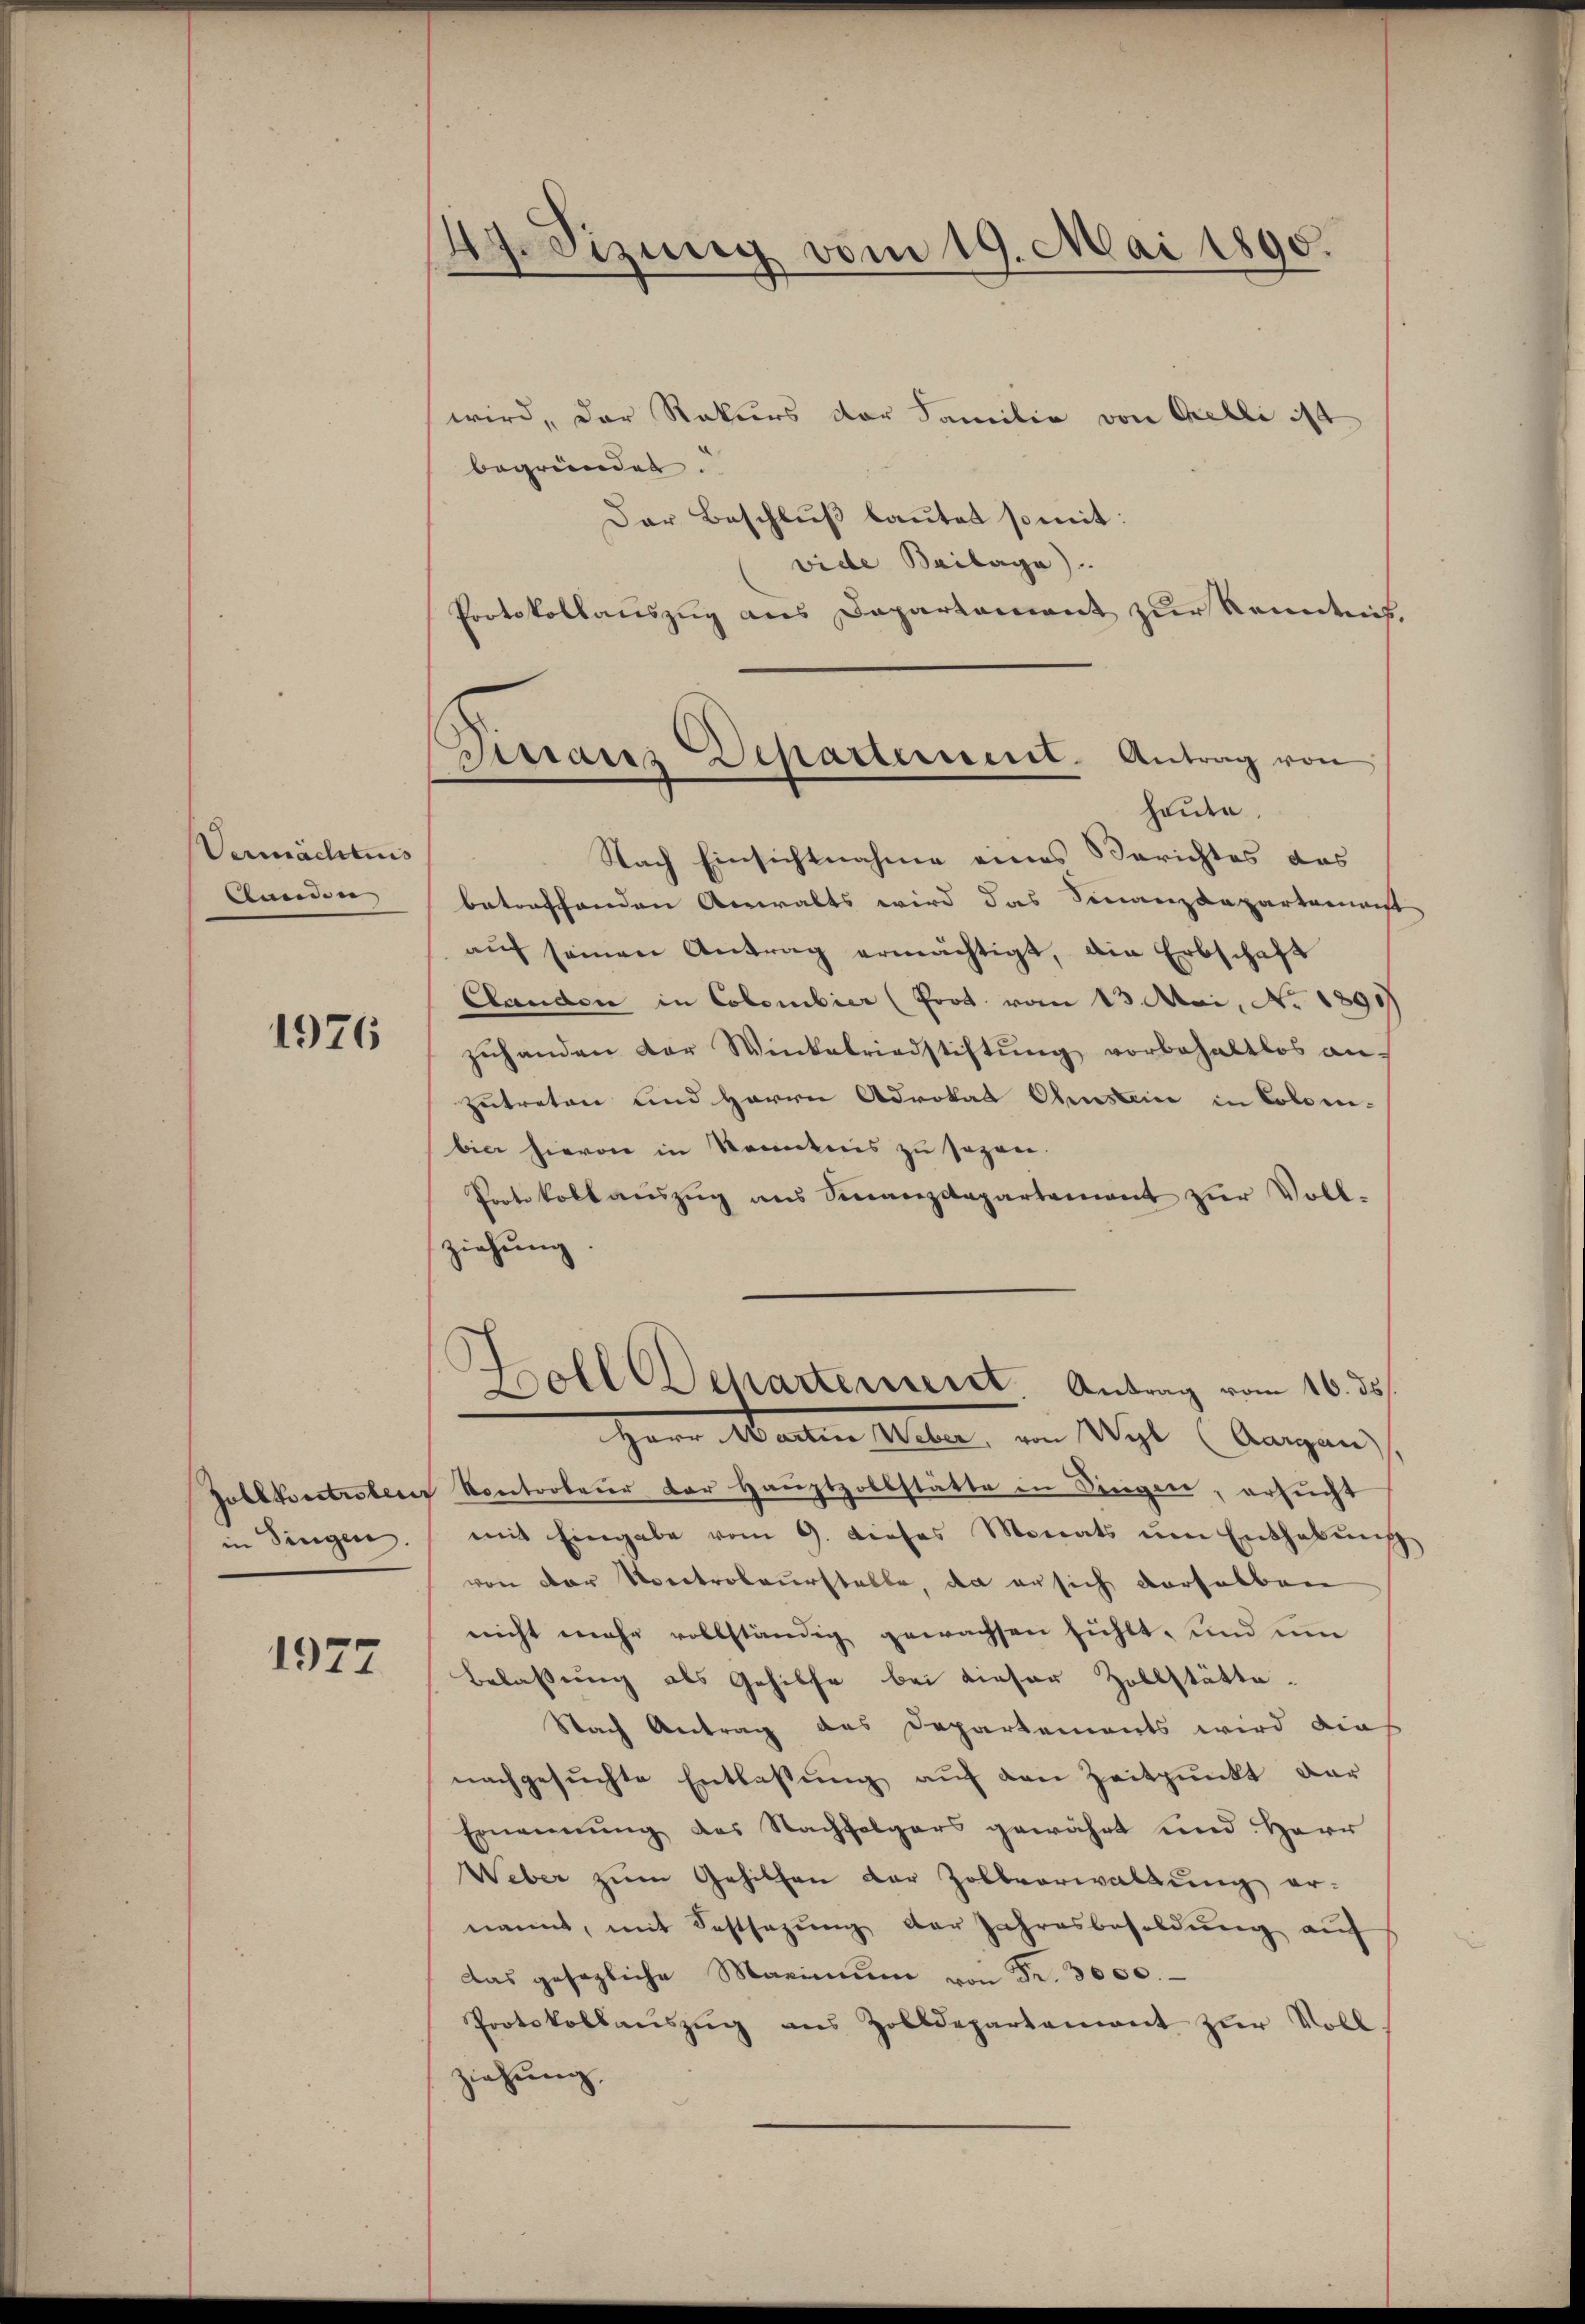
Vermächtnis
Standen,

1976

in Singen.

1977

47. Sizung vom 19. Mai 1890.

wird, der Rekurs der Familie von Celli ist
begründet.
Der Beschlŭβ bautet somit:
vide Beilage).
Protokollauszug aus Departement zur Kenntens
Nach Einsichtnahme eines Berichtes das
betreffenden Anwalts wird das Finanzdepartenanst
aŭf seinen Antrag ermächtigt, ain Erbschaft
Clanden in Colombier (Prot. vom 13. Mai, No. 1890
zŭhanden der Winkelriedstiftŭng vorbehaltlos an-
zutreten und Herrn Advokat Chunstein in Coloen-
bier hievon in Kenntnis zu sagen.
Protokoll auszug aus Sinanzdepartement zur Voll-
ziehung.
E
Boll Departement Antrag vom 16. ds.
Herr Marten Alter von Wyl Angan
Joblkontroler Kontorteur der Hauptzollstätte in Singen, ersucht
mit Eingabe vom 9. dieses Monats ŭm Enthebŭng
von der Uoectroleurstelle, da er sich derselben
nicht mehr vollständig gewachsen fühlt, und um
Belassung als Gehilfe bei dieser Zollstätte.
Nach Antrag des Departements wird dies
nachgesŭchte Entlassŭng aŭf den Zeitpunkt dar
Ernennung des Nachfolgers gewährt und Herr
Weber zum Gehilfen der Zollverwaltung er-
nannt, mit Festsezung der Jahresbesoldung auf
Das gesezliche Maximum von Fr. 3000.-
Protokollaŭszŭg ans Zolldepartement zŭr Voll-
ziehung.

Tieraus Departement. Antrag von
heute.